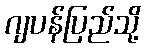
ဂျပန်ပြည်သို့